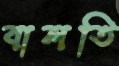
বালতি